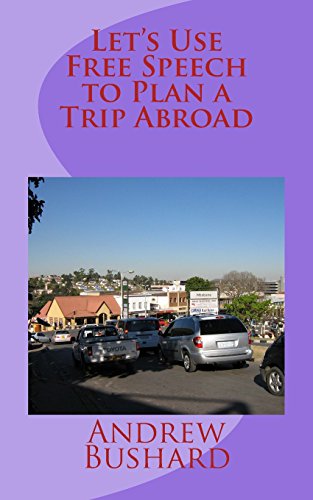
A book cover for Let's Use Free Speech to Plan a Trip Abroad; Andrew Bushard; Teen & Young Adult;